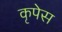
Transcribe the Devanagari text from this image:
कृपेस